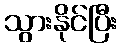
သွားနိုင်ပြီး